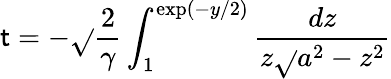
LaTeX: \mathsf{t}=-\sqrt{}{{\frac{{2}}{{\gamma}}}}\int_{1}^{\mathrm{{exp}}(-y/2)}{\frac{{dz}}{{z\sqrt{}{{a^{2}-z^{2}}}}}}